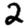
Digit: 2